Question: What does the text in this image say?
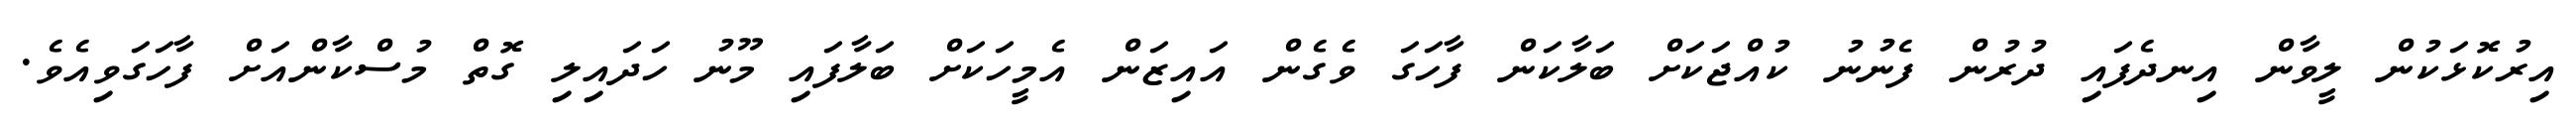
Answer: އިރުކޮޅަކުން ލީވާން އިނދެފައި ދުރުން ފެނުނު ކުއްޖަކަށް ބަލާކަން ފާހަގަ ވެގެން އައިޒަން އެމީހަކަށް ބަލާފައި މޫނު ހަދައިލި ގޮތް މުސްކާންއަށް ފާހަގަވިއެވެ.